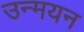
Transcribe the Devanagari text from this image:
उन्मयन